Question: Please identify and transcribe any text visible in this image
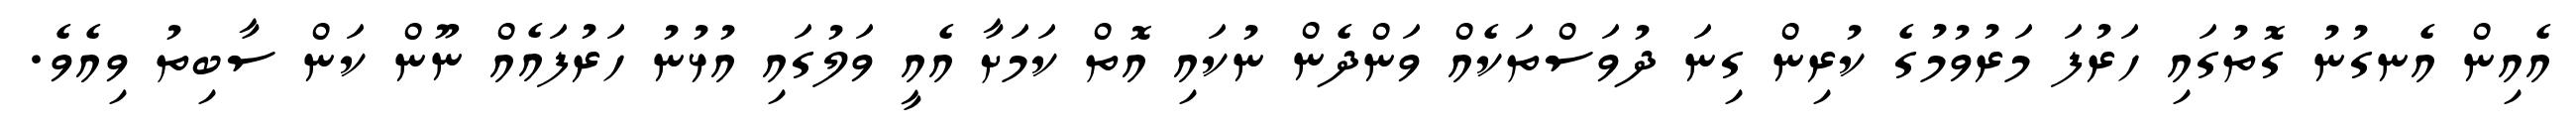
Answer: އެއިން އެނގުނު ގޮތުގައި ހަރުފަ މަރުވުމުގެ ކުރިން ގިނަ ދުވަސްތަކެއް ވަންދެން ނުކައި އޮތް ކަމަށާ އެއީ ވަލުގައި އުޅުނު ހަރުފައެއް ނޫން ކަން ސާބިތު ވިއެވެ.